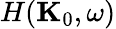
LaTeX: H(\textbf{K}_{0},\omega)